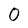
Character: 0